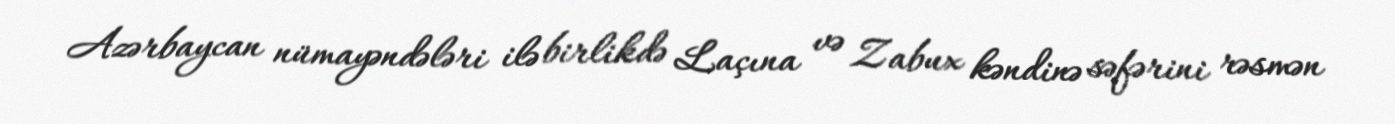
Azərbaycan nümayəndələri ilə birlikdə Laçına və Zabux kəndinə səfərini rəsmən